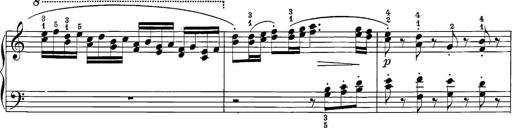
Title: 12 Sonatine per Pianoforte
Composer: Friedrich Kuhlau